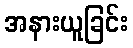
အနားယူခြင်း